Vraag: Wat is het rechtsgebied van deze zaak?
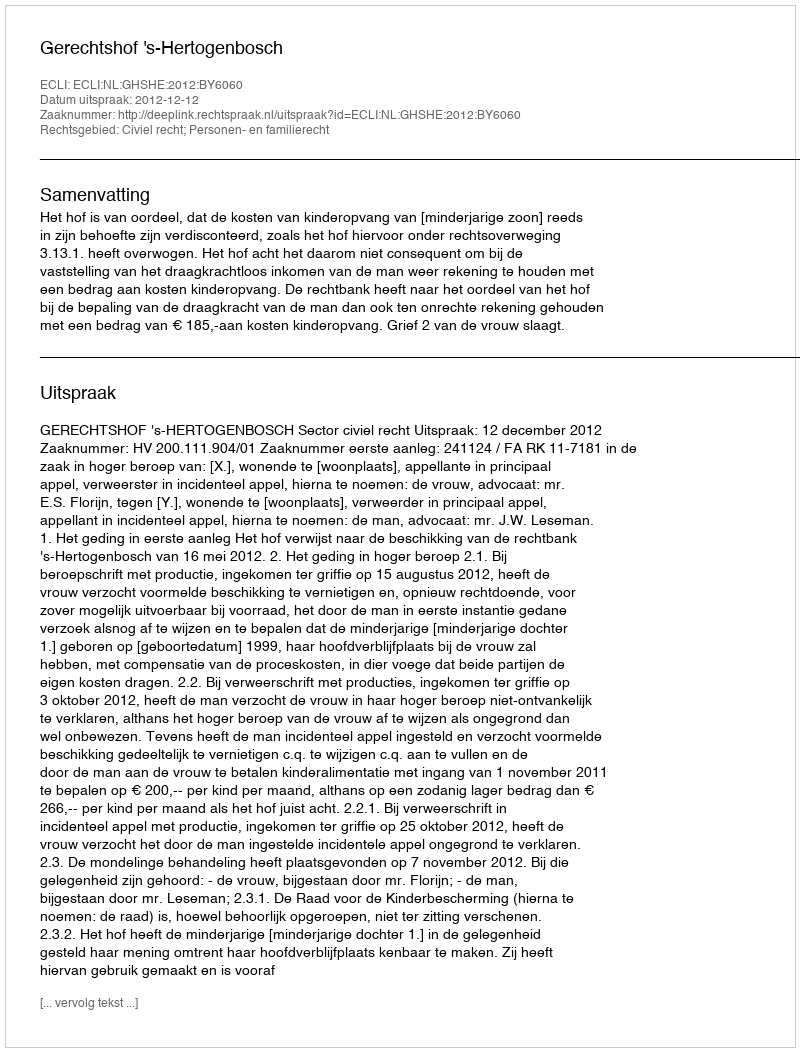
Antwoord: Civiel recht; Personen- en familierecht